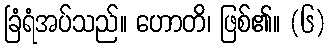
ခြံရံအပ်သည်။ ဟောတိ၊ ဖြစ်၏။ (၆)